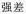
强差